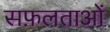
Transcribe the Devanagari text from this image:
सफ़लताओं